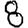
Digit: 8